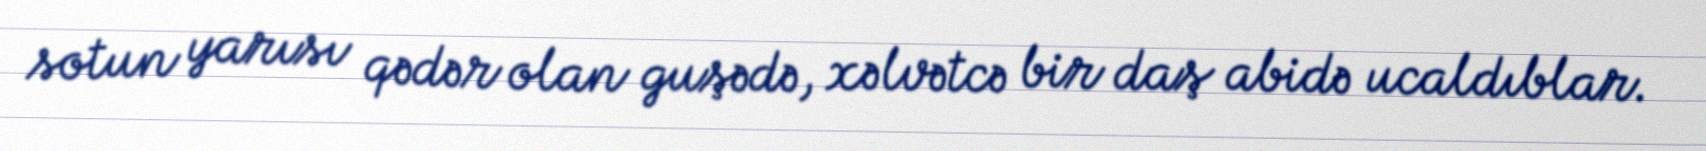
sotun yarısı qədər olan guşədə, xəlvətcə bir daş abidə ucaldıblar.